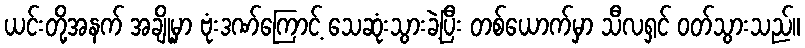
ယင်းတို့အနက် အချို့မှာ ဗုံးဒဏ်ကြောင့် သေဆုံးသွားခဲ့ပြီး တစ်ယောက်မှာ သီလရှင် ဝတ်သွားသည်။